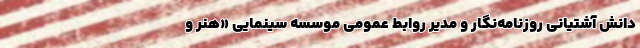
دانش آشتیانی روزنامه‌نگار و مدیر روابط عمومی موسسه سینمایی «هنر و